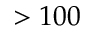
> 1 0 0